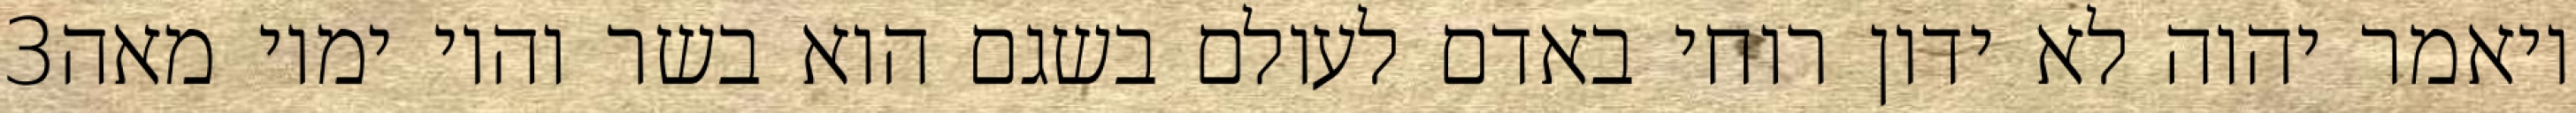
‎3‏ ויאמר יהוה לא ידון רוחי באדם לעולם בשגם הוא בשר והיו ימיו מאה